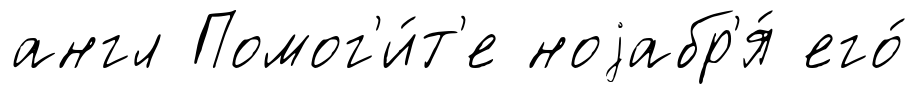
англ Помог'и́т'е ноjабр'я́ его́